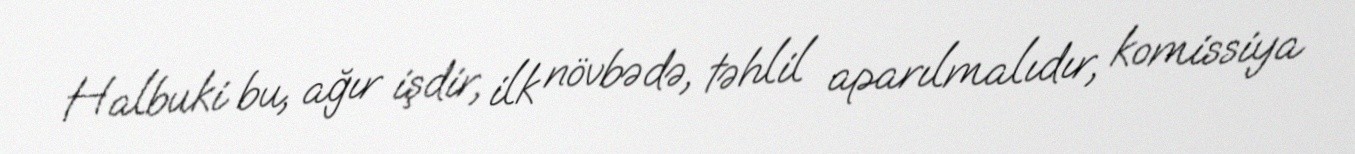
Halbuki bu, ağır işdir, ilk növbədə, təhlil aparılmalıdır, komissiya